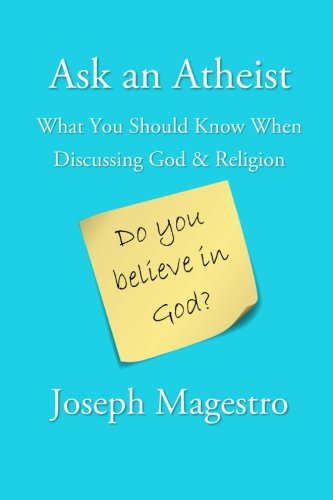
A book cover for Ask an Atheist: What You Should Know When Discussing God & Religion; Joseph Magestro; Religion & Spirituality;